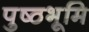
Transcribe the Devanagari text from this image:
पुष्ठभूमि